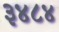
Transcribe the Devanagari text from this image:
३४८४